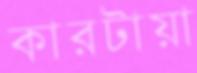
কারটায়া